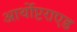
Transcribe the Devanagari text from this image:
आर्थोप्टराएड